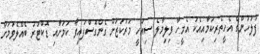
ފުލުހުންގެ އެހީތެރިކަމާއިއެކު އެމީހާ ވިލިމާލެ ސިއްހީ މަރުކަޒަށް ގެންގޮސްފައިވާ ކަމަށާއި ޑޮކްޓަރު ބެއްލެވުމަށް